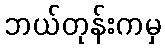
ဘယ်တုန်းကမှ